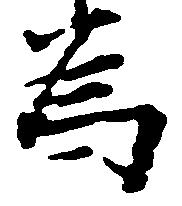
為